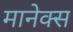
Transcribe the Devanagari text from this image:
मानेक्स